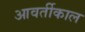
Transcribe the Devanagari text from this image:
आवर्तीकाल